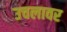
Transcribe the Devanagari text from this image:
उचलावर